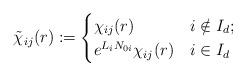
LaTeX: \begin{align*} \tilde\chi_{ij}(r) := \begin{cases} \chi_{ij}(r) & i \notin I_d; \\ e^{L_i N_{0i}} \chi_{ij}(r) & i \in I_d \end{cases} \end{align*}